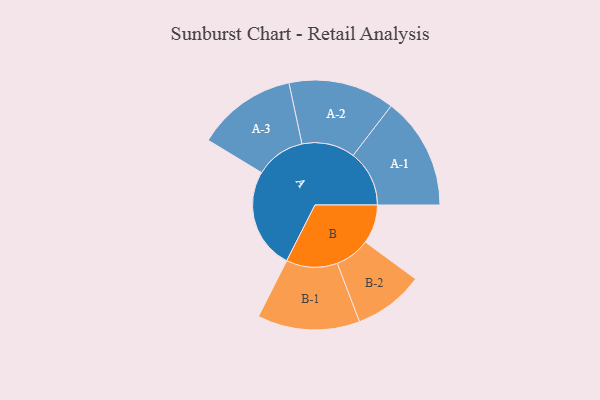
{"axis": {"x": "Segment", "y": "Value"}, "legend": ["", "A", "B"], "data": [{"x": "A", "y": 426, "type": ""}, {"x": "B", "y": 164, "type": ""}, {"x": "A-1", "y": 237, "type": "A"}, {"x": "A-2", "y": 224, "type": "A"}, {"x": "A-3", "y": 211, "type": "A"}, {"x": "B-1", "y": 216, "type": "B"}, {"x": "B-2", "y": 148, "type": "B"}]}